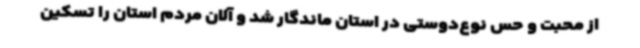
از محبت و حس نوع‌دوستی در استان ماندگار شد و آلان مردم استان را تسکین